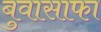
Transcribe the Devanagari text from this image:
बुवासाफा